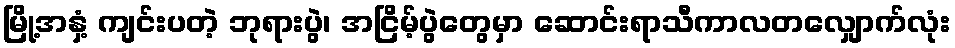
မြို့အနှံ့ ကျင်းပတဲ့ ဘုရားပွဲ၊ အငြိမ့်ပွဲတွေမှာ ဆောင်းရာသီကာလတလျှောက်လုံး